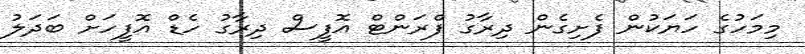
މިމަހުގެ ހަޔަކުން ފެށިގެން ދިރާގު ފްރަންޓް އޮފީސް ދިރާގު ހެޑް އޮފީހަށް ބަދަލު